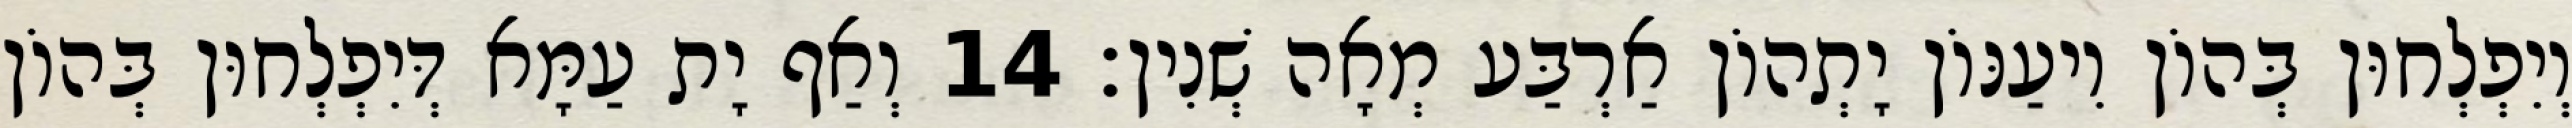
וְיִפְלְחוּן בְּהוֹן וִיעַנּוֹן יָתְהוֹן אַרְבַּע מְאָה שְׁנִין׃ 14 וְאַף יָת עַמָּא דְּיִפְלְחוּן בְּהוֹן